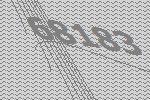
68183